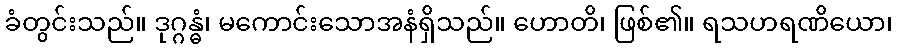
ခံတွင်းသည်။ ဒုဂ္ဂန္ဓံ၊ မကောင်းသောအနံရှိသည်။ ဟောတိ၊ ဖြစ်၏။ ရသဟရဏိယော၊